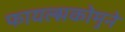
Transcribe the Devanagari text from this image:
फायल्सकोमुने